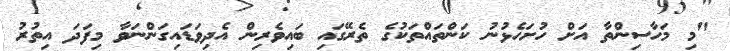
"މި މަހާސިންތާ އަށް ހުށަހެޅުނު ކަންތައްތަކުގެ ތެރޭގައި ބައިވެރިން އެދިވަޑައިގަންނަވާ މިފަދަ އިތުރު